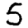
Digit: 5